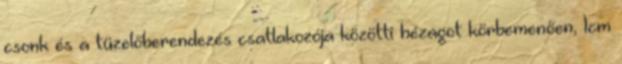
csonk és a tüzelőberendezés csatlakozója közötti hézagot körbemenően, 1cm